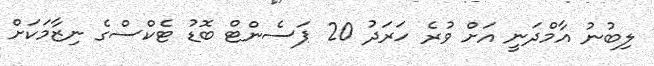
ލިބުނު އާމްދަނީ އަށް ވުރެ ހަރަދު 20 ޕަސެންޓް ބޮޑު ޓެކްސްގެ ނިޒާމަކަށް